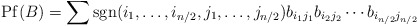
\begin{align*}\operatorname{Pf}(B)=\sum \operatorname{sgn}(i_1,\ldots,i_{n/2},j_1,\ldots,j_{n/2}) b_{i_1j_1}b_{i_2j_2}\cdots b_{i_{n/2}j_{n/2}}\end{align*}